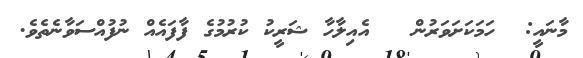
މާނައީ:  ހަމަކަށަވަރުން   އެއިލާހާ ޝަރީކު ކުރުމުގެ ފާފައެއް ނުފުއްސަވާނެތެވެ.